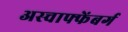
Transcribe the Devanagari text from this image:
अस्चाफ्फेंबर्ग